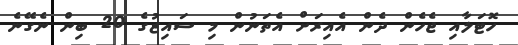
ހޮޓަލާއި ޖެހެން ދެން އެއިރަަށް އެތަނުން މި ސައިޒުގެ 20 ބިން ނެގޭނެ